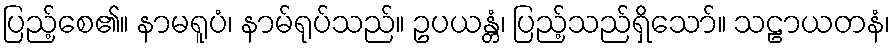
ပြည့်စေ၏။ နာမရူပံ၊ နာမ်ရုပ်သည်။ ဥပယန္တံ၊ ပြည့်သည်ရှိသော်။ သဠာယတနံ၊